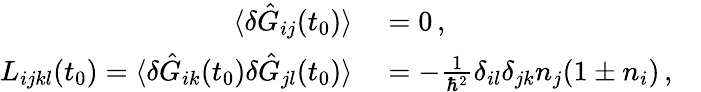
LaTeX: \begin{array}{rl}{\langle\delta\hat{G}_{ij}(t_{0})\rangle}&{{}=0\, ,}\\ {L_{ijkl}(t_{0})=\langle\delta\hat{G}_{ik}(t_{0})\delta\hat{G}_{jl}(t_{0})\rangle}&{{}=-\frac{1}{\hbar^{2}}\delta_{il}\delta_{jk}n_{j}(1\pm n_{i})\, ,\quad}\end{array}